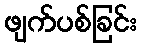
ဖျက်ပစ်ခြင်း